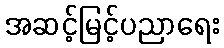
အဆင့်မြင့်ပညာရေး